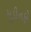
મૂડીનફો